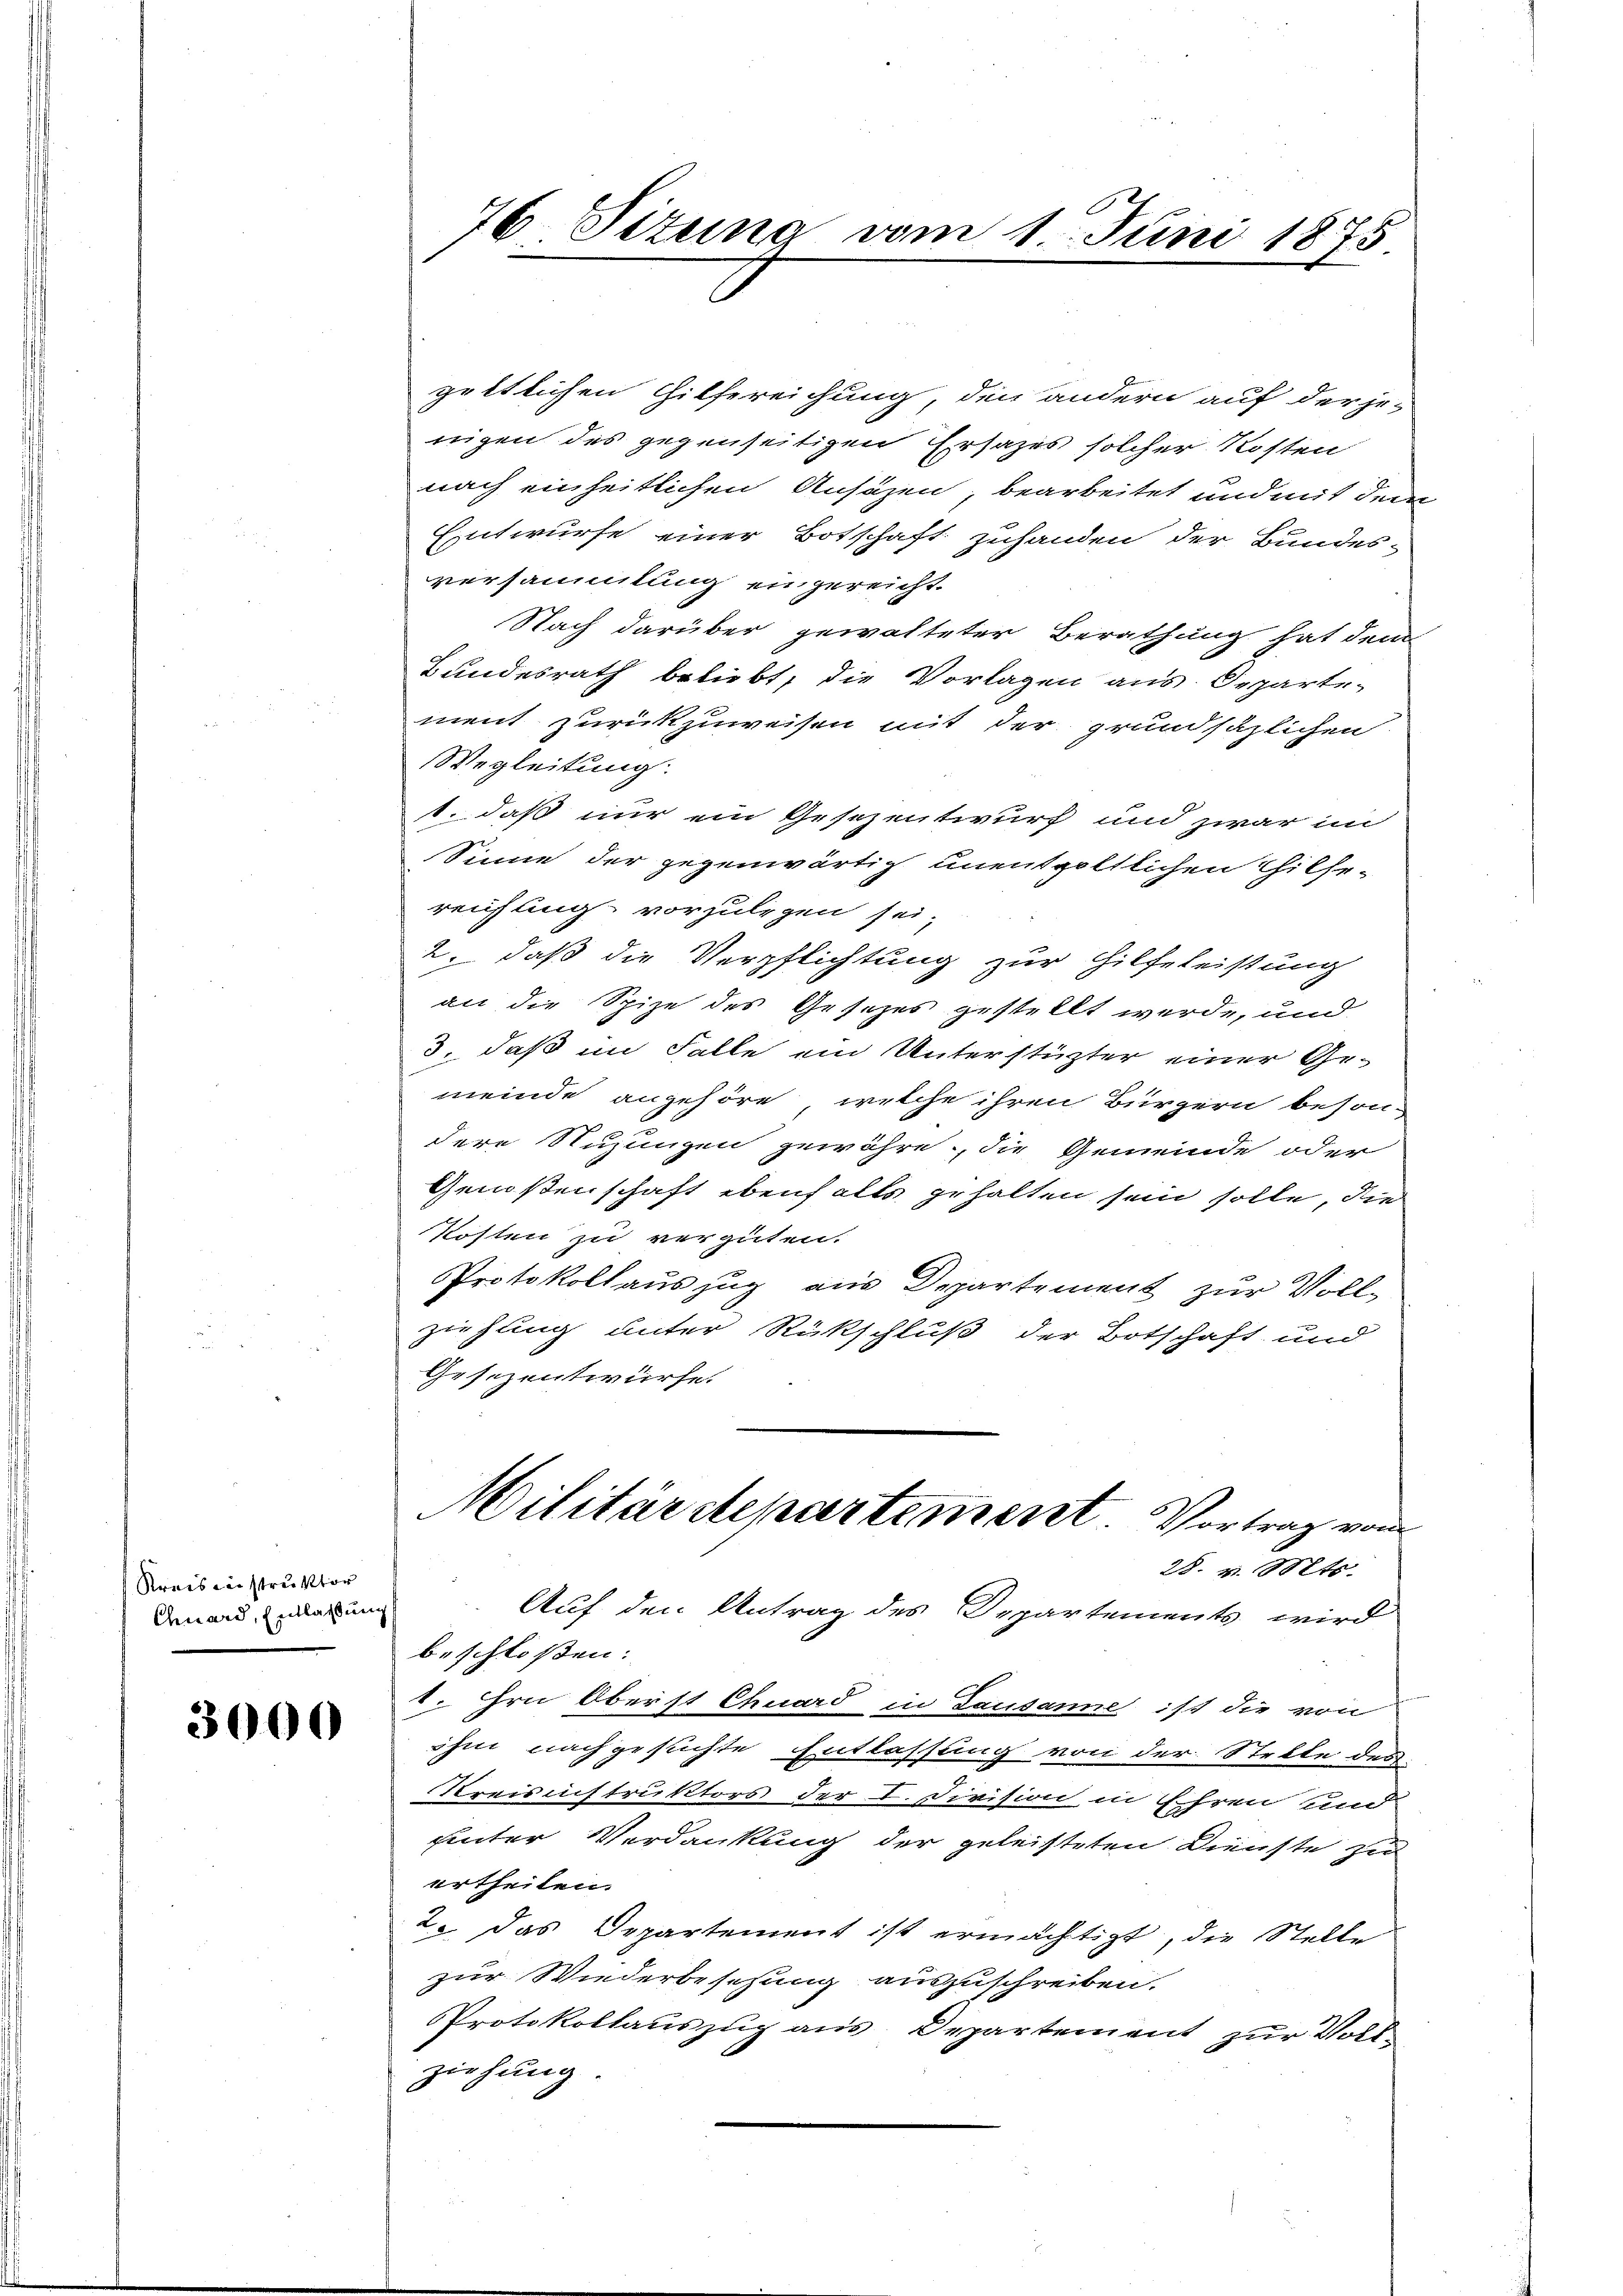
Kreis in struktor
Chuard, Entlaßung

3000

76 Sizung vom 1. Juni 1875

göttlichen Hilfereichung, den andern auf der je-
nigen des gegenseitigen Ersatzes solcher Kosten
nach einheitlichen Ansäzen, bearbeitet und mit dem
Entwurfe einer Botschaft zuhanden der Bundes-
versammlung eingereicht.
Nach darüber gewalteter Berathung hat dem
Bundesrath beliebt, die Vorlagen aus. Departe-
ment zurückzuweisen mit der grundsäzlichen
Wegleitung.
1. daß nur ein Gesezentwurf und zwar im
Sinne der gegenwärtig unentgeltlichen Thilfe-
reichung vorzulegen sei.
2. daß die Verpflichtung zur Hilfeleistung
an die Spize des Gesetzes gestellt werde, und
3. daß im Falle ein Unterstützter einer Gemeinde angehöre, welche ihren Bürgern besondere Nuzungen gewähre, die Gemeinde oder
Genoßenschaft ebenfalls gehalten sein solle, die
Kosten zu vergüten.
Protokollauszug aus Departement zur Vollziehung unter Rückschluß der Botschaft und
Gesezentwürfe.
Militärdepartement Vortrag vom
28. v. Mts.
Auf den Antrag des Departements wird
beschloßen:
1. irn Oberst Chuard in Lausanne ist die von
ihm nachgesuchte Entlassung von der Stelle des
Kreisinstruktors der I. Division in Ehren und
hinter Verdankung der geleisteten Dienste zu
ertheilen.
2. das Departement ist ermächtigt, die Stelle
zur Wiederbesezung auszuschreiben.
Protokollauszug aus Departement zur Vollziehung